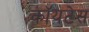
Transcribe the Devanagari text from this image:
कॉयटेस